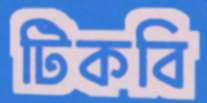
টিকবি